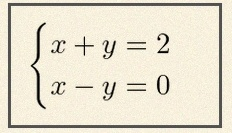
\begin{cases}x+y=2\\x-y=0\end{cases}